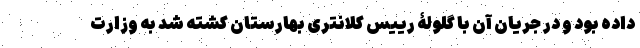
داده بود و در جریان آن با گلولۀ رییس کلانتری بهارستان کشته شد به وزارت